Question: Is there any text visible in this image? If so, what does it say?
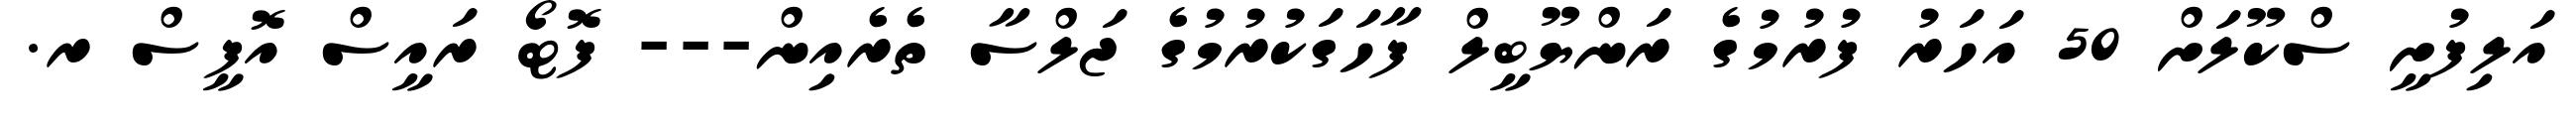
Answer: އަލިފުށީ ސްކޫލަށް 50 އަހަރު ފުރުމުގެ ރަންޔޫބީލް ފާހަގަކުރުމުގެ ޖަލްސާ ތެރެއިން--- ފޮޓޯ ރައީސް އޮފީސް ރ.